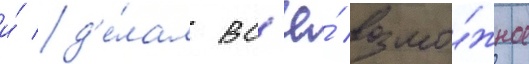
и́ д'е́лал вс'ё́ возмо́жное